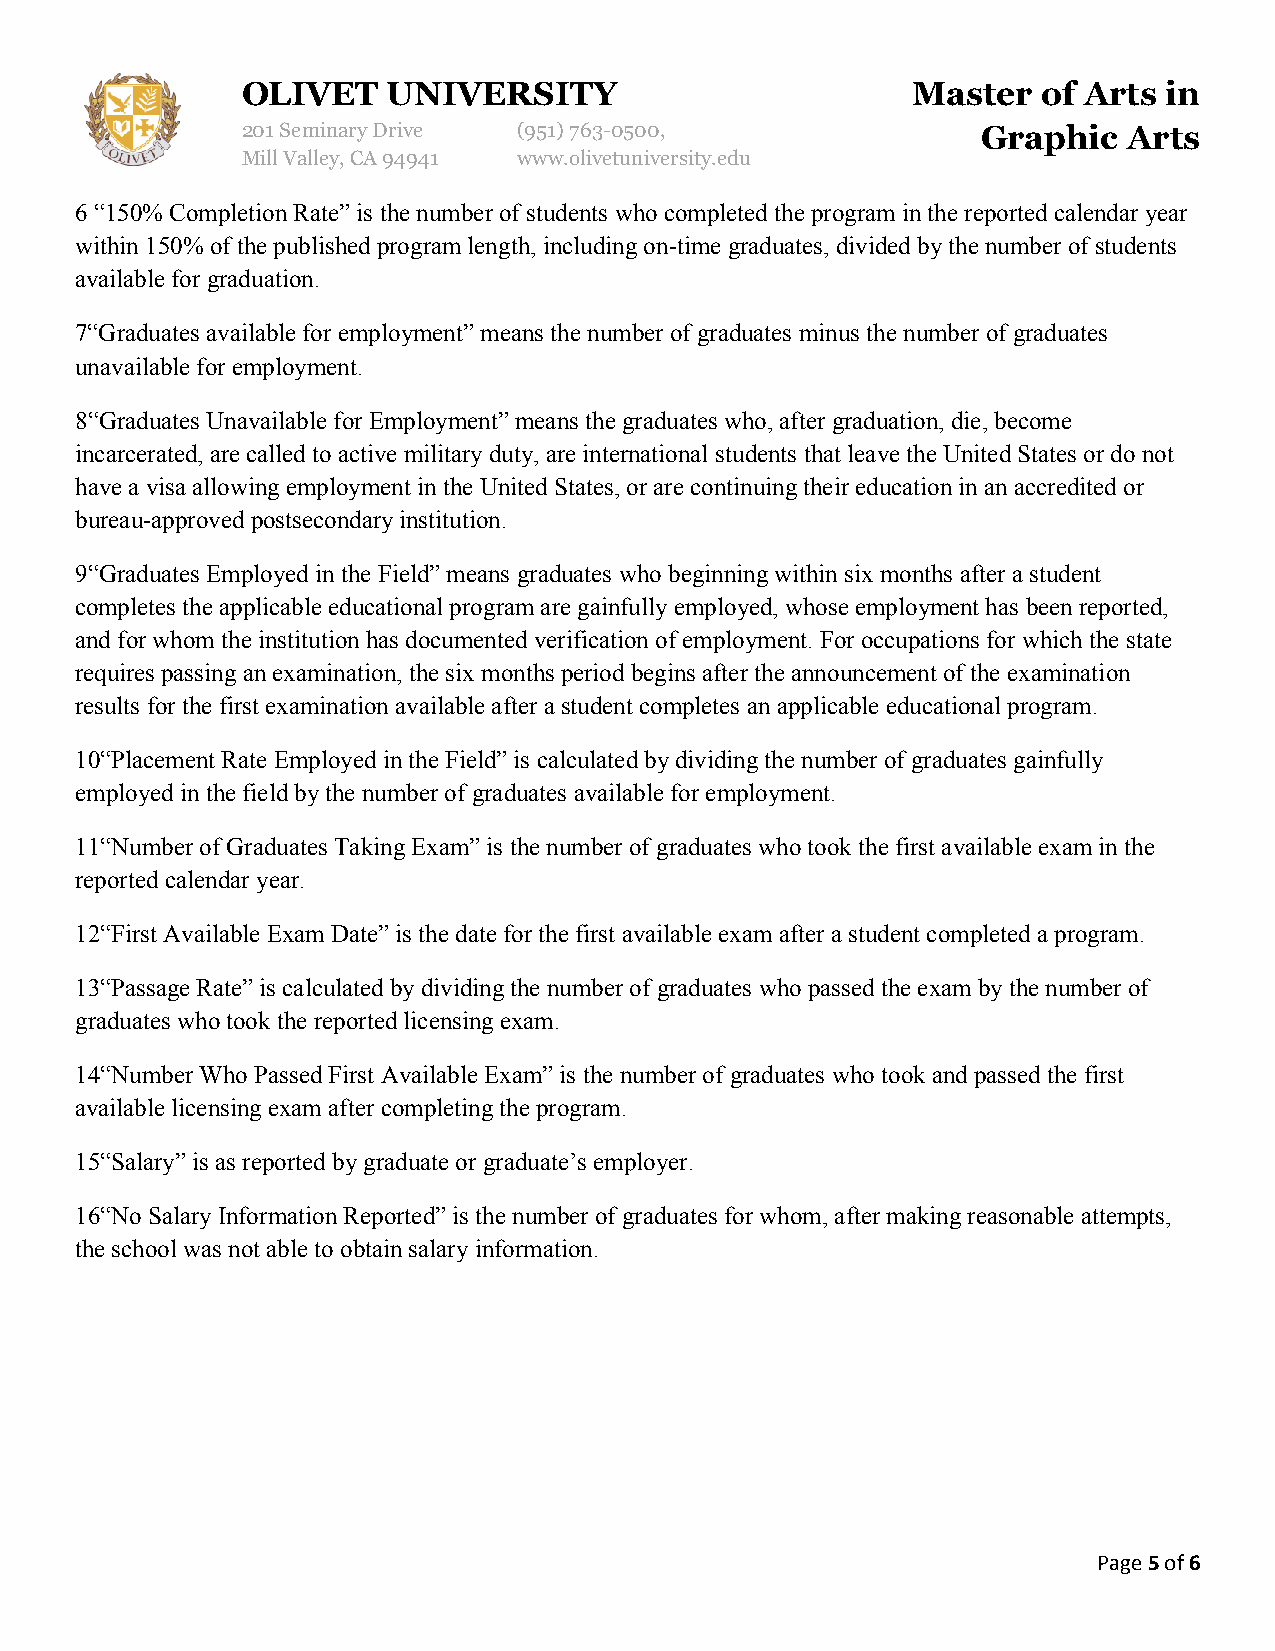
OLIVET    UNIVERSITY                        Master   of Arts in
 201 Seminary Drive (951)763-0500,                Graphic   Arts
 Mill Valley, CA 94941 www.olivetuniversity.edu
 6 “150% Completion Rate” is the number of students who completed the program in the reported calendar year
 within 150% of the published program length, including on-time graduates, divided by the number of students
 available for graduation.
 7“Graduates available for employment” means the number of graduates minus the number of graduates
 unavailable for employment.
 8“Graduates Unavailable for Employment” means the graduates who, after graduation, die, become
 incarcerated, are called to active military duty, are international students that leave the United States or do not
 have a visa allowing employment in the United States, or are continuing their education in an accredited or
 bureau-approved postsecondary institution.
 9“Graduates Employed in the Field” means graduates who beginning within six months after a student
 completes the applicable educational program are gainfully employed, whose employment has been reported,
 and for whom the institution has documented verification of employment. For occupations for which the state
 requires passing an examination, the six months period begins after the announcement of the examination
 results for the first examination available after a student completes an applicable educational program.
 10“Placement Rate Employed in the Field” is calculated by dividing the number of graduates gainfully
 employed in the field by the number of graduates available for employment.
 11“Number of Graduates Taking Exam” is the number of graduates who took the first available exam in the
 reported calendar year.
 12“First Available Exam Date” is the date for the first available exam after a student completed a program.
 13“Passage Rate” is calculated by dividing the number of graduates who passed the exam by the number of
 graduates who took the reported licensing exam.
 14“Number Who Passed First Available Exam” is the number of graduates who took and passed the first
 available licensing exam after completing the program.
 15“Salary” is as reported by graduate or graduate’s employer.
 16“No Salary Information Reported” is the number of graduates for whom, after making reasonable attempts,
 the school was not able to obtain salary information.
 Page 5 of 6